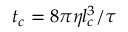
t _ { c } = 8 \pi \eta l _ { c } ^ { 3 } / \tau